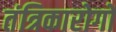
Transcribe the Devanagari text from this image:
तंत्रिकारोगों